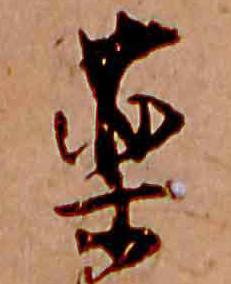
薬